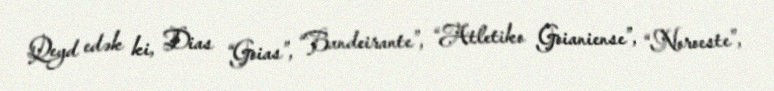
Qeyd edək ki, Dias “Goias”, “Bandeirante”, “Atletiko Goianiense”, “Noroeste”,